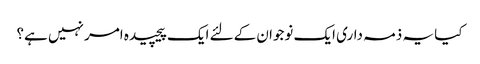
کیا یہ ذمہ داری ایک نوجوان کےلئے ایک پیچیده امر نہیں ہے؟